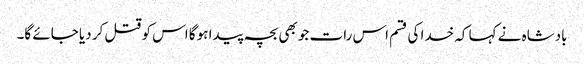
بادشاہ نے کہا کہ خدا کی قسم اس رات جو بھی بچہ پیدا ہوگا اس کو قتل کر دیا جائے گا۔